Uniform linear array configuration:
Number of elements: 32
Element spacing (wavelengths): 0.5
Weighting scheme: exponential
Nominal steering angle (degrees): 0
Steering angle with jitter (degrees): -0.3462
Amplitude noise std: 0.05
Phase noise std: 0.05

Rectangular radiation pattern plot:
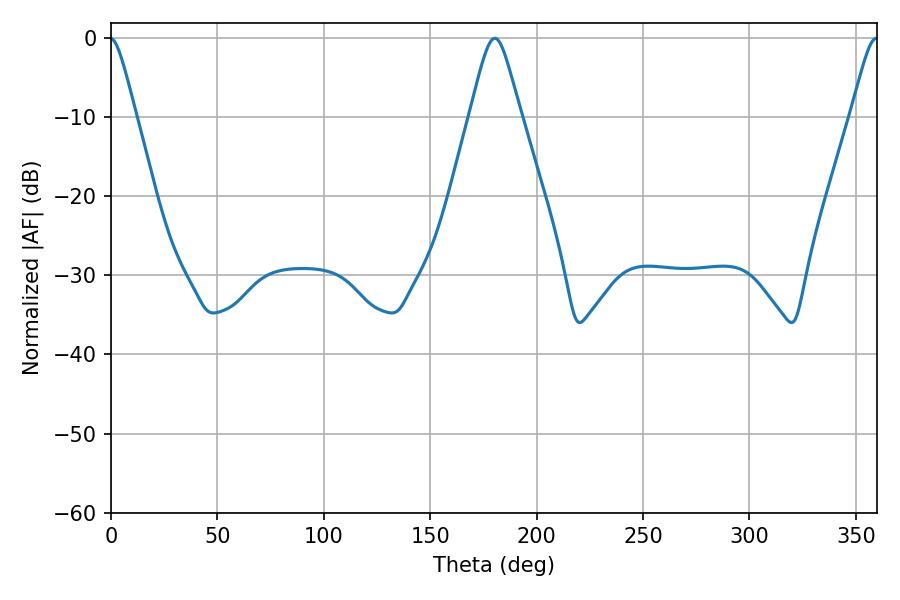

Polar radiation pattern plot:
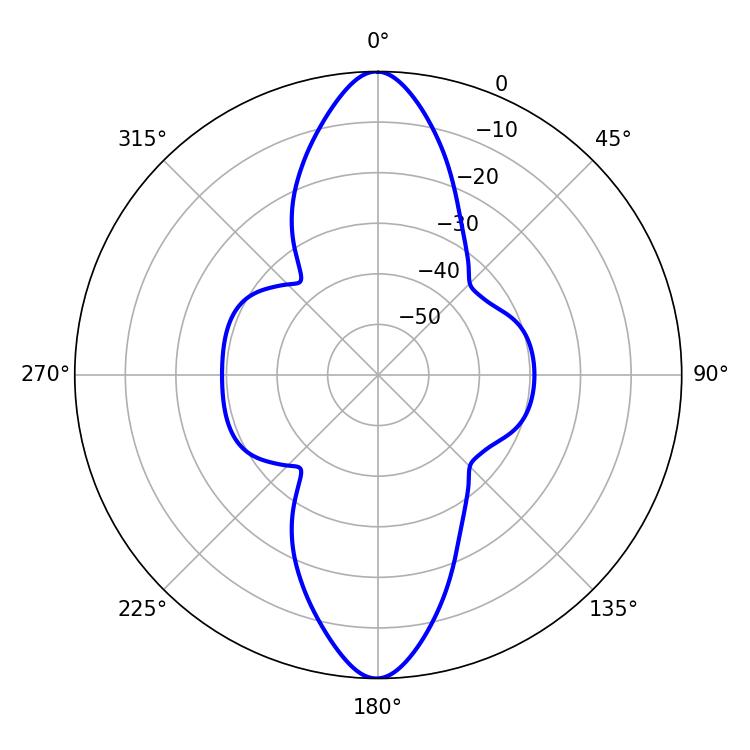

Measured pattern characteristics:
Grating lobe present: FALSE
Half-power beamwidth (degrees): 11.52
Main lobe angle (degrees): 180.36